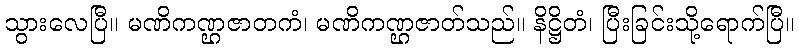
သွားလေပြီ။ မဏိကဏ္ဌဇာတကံ၊ မဏိကဏ္ဌဇာတ်သည်။ နိဋ္ဌိတံ၊ ပြီးခြင်းသို့ရောက်ပြီ။